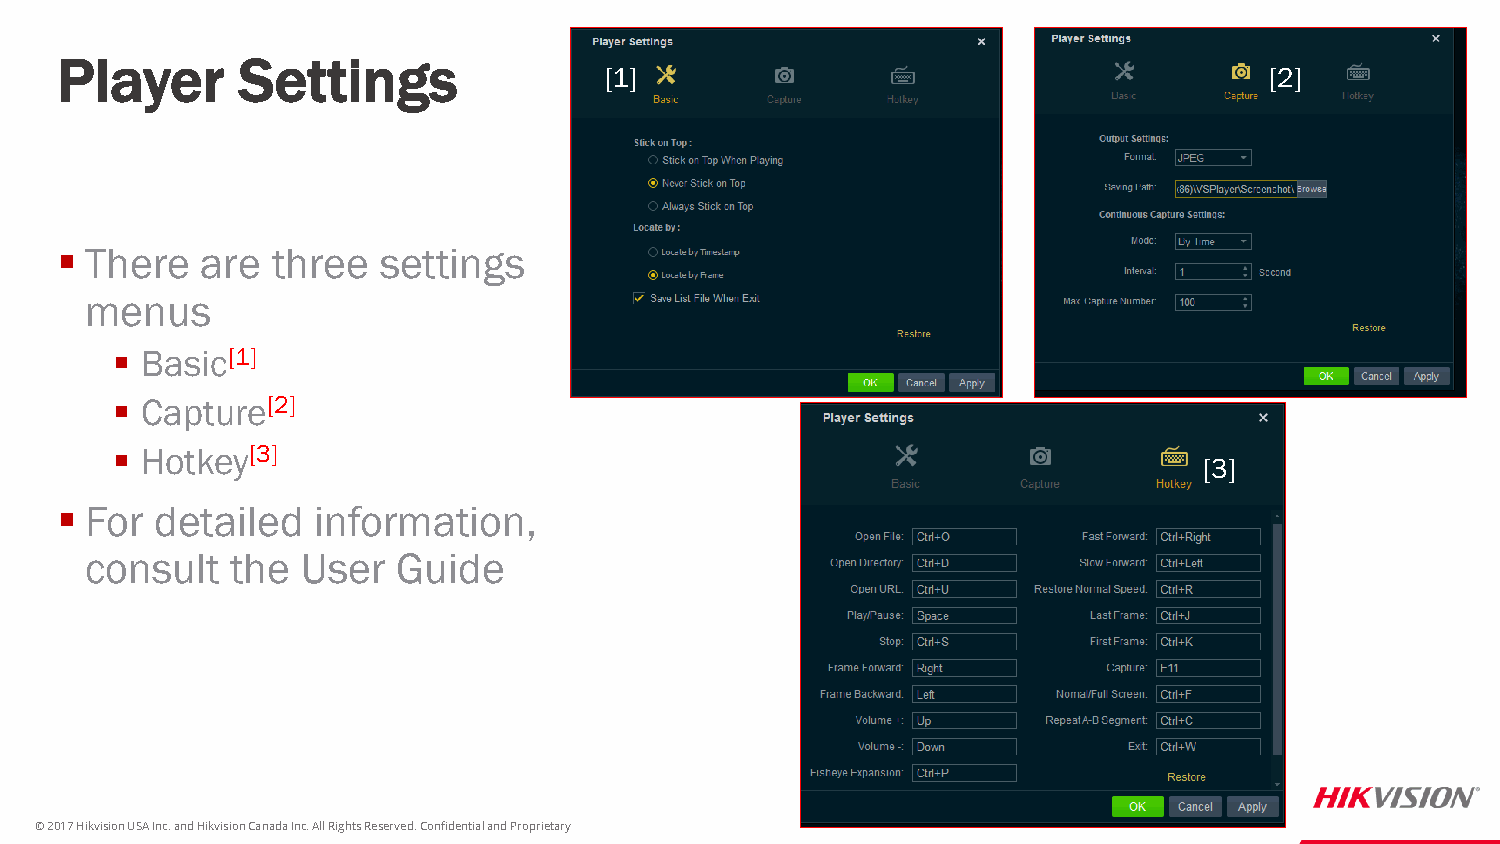
Player      Settings
 [1]                                         [2]
  There  are  three  settings
 menus
  Basic[1]
  Capture[2]
  Hotkey[3]
 [3]
  For detailed   information,
 consult  the  User  Guide
 © 2017 Hikvision USA Inc. and Hikvision Canada Inc. All Rights Reserved. Confidential and Proprietary